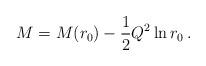
LaTeX: \begin{align*}M=M(r_{0})-\frac{1}{2}Q^{2}\ln r_{0}\,. \end{align*}